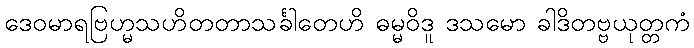
ဒေဝမာရဗြဟ္မသဟိတတာသင်္ခါတေဟိ ဓမ္မဝိဒူ ဒသမော ခါဒိတဗ္ဗယုတ္တကံ